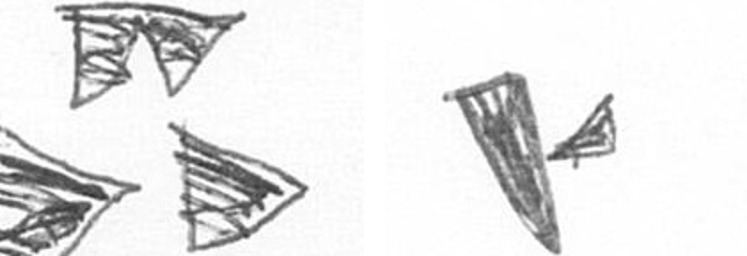
B F